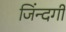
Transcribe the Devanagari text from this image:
जिंन्दगी